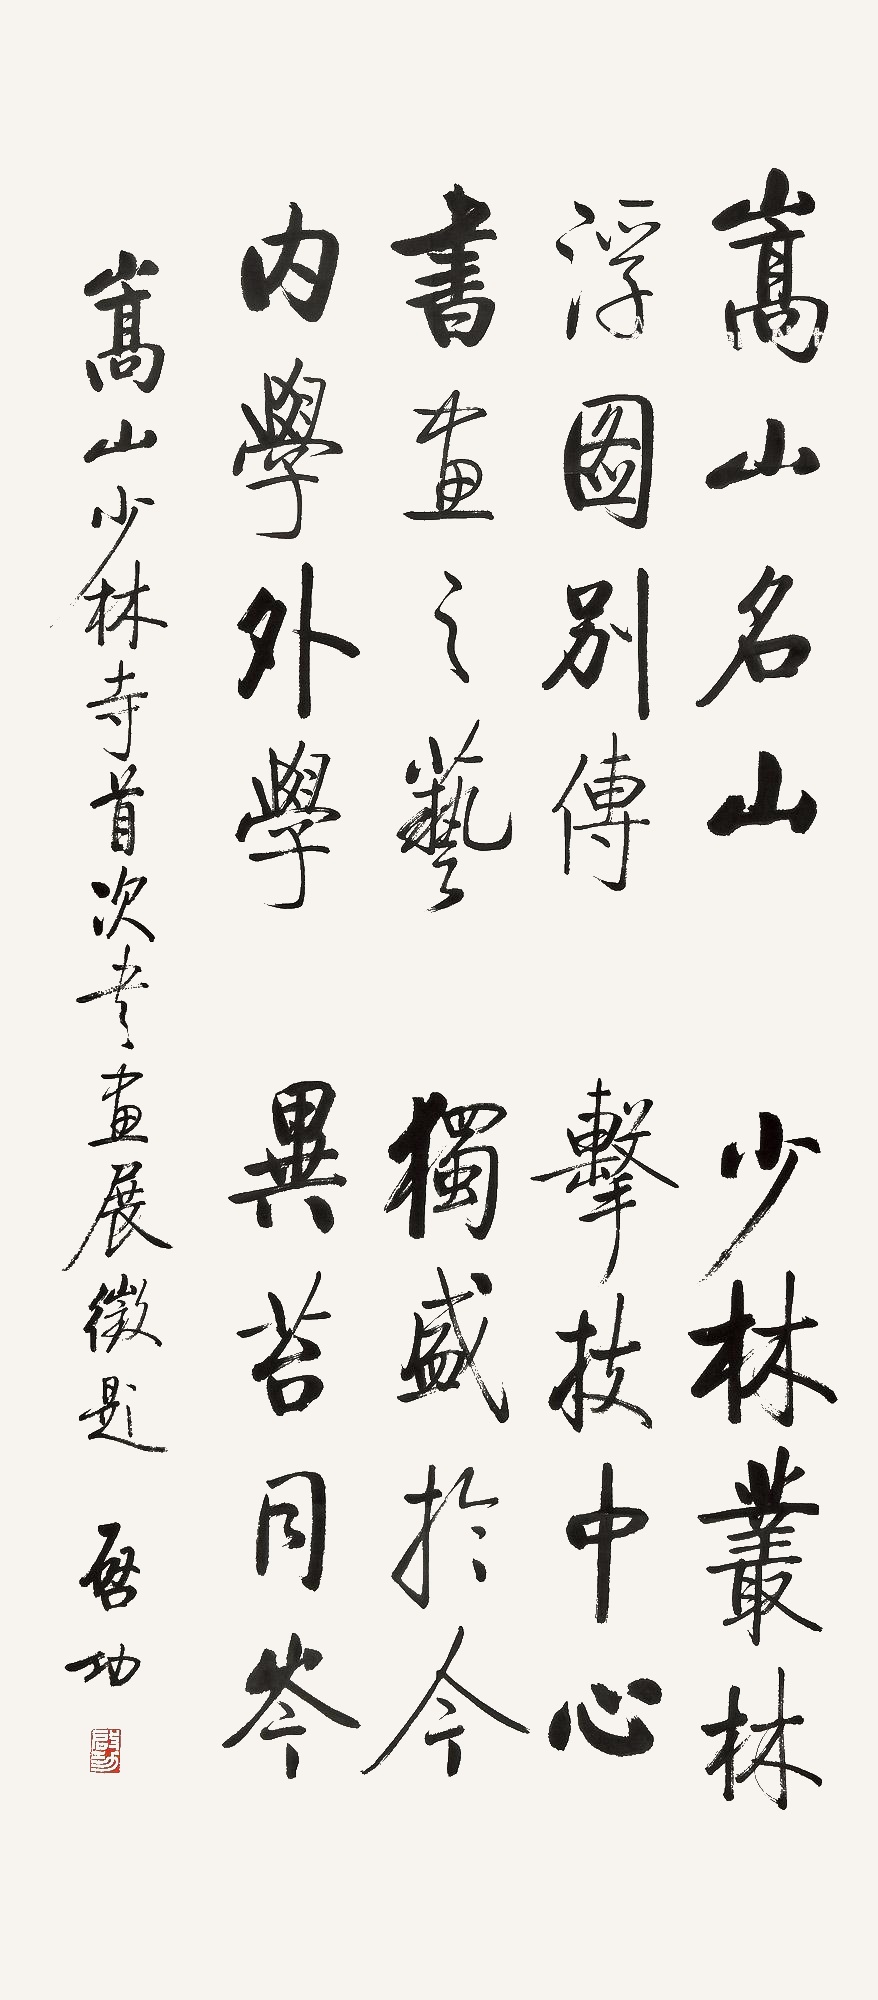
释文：嵩山名山，少林丛林。浮图别传，击技中心。书画之艺，独盛于今。内学外学，异苔同岑。嵩山少林寺首次书画展征题，启功。